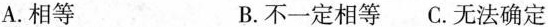
A.相等 B.不一定相等 C.无法确定